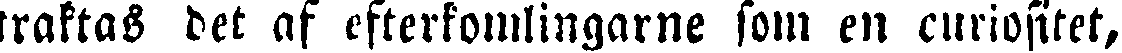
traktas det af efterkomlingarne som en curiositet,